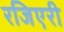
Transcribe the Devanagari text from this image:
रजिएरी